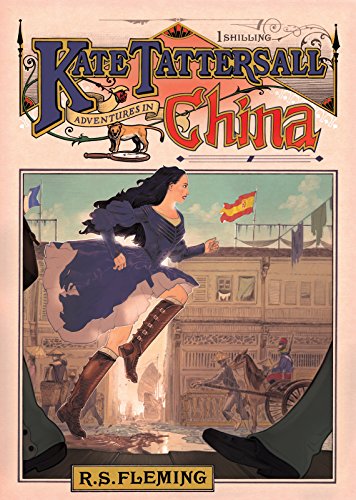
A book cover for Kate Tattersall Adventures in China; R.S. Fleming; Teen & Young Adult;